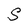
Character: S